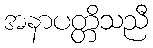
အနာပတ္တိသညီ